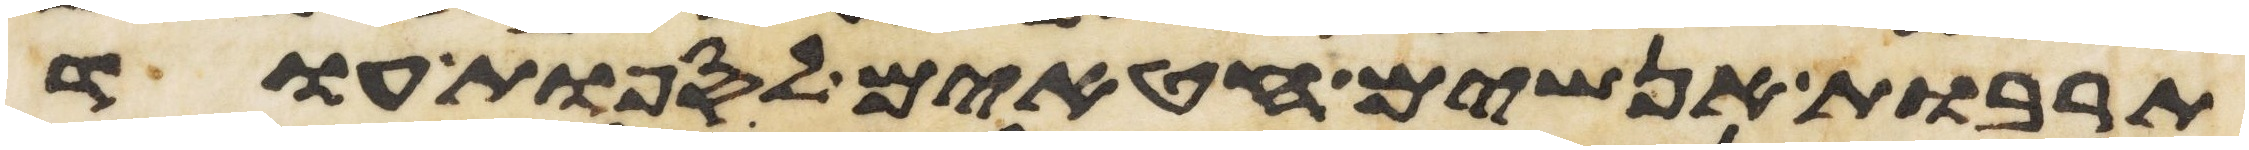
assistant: תרבות אנשים חטאים לספות עוד